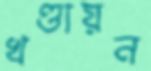
খণ্ডায়ন